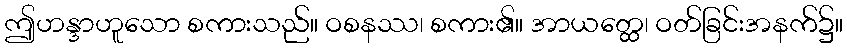
ဤဟန္ဒာဟူသော စကားသည်။ ဝစနဿ၊ စကား၏။ အာယတ္ထေ၊ ဝတ်ခြင်းအနက်၌။